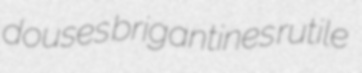
douses brigantines rutile